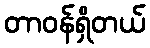
တာဝန်ရှိတယ်